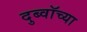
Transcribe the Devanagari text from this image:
दुब्वॉच्या